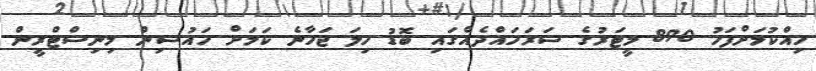
ހިއްކުމަށްފަހު 890 މީޓަރުގެ ސަރަހައްދެއްގައި ބޮޑު ހިލަ ޖަހާނެ ކަމަށް ހައުސިން މިނިސްޓްރީން